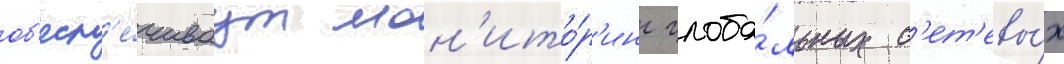
об'есп'е́чиваут мон'ито́р'инг глоба́льных с'ет'евы́х